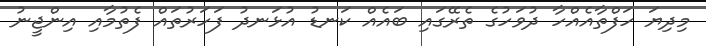
މިދިޔަ ހަފްތާއެއްހާ ދުވަހުގެ ތެރޭގައި ބައެއް ކަނޑު އުޅަނދު ފަހަރުތައް ފެތުމާއި އިންޖީނު